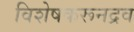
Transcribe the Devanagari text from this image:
विशेषकरूनद्रव